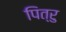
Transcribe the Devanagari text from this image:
पित्रु